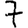
Digit: 7